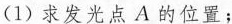
(1)求发光点A的位置；